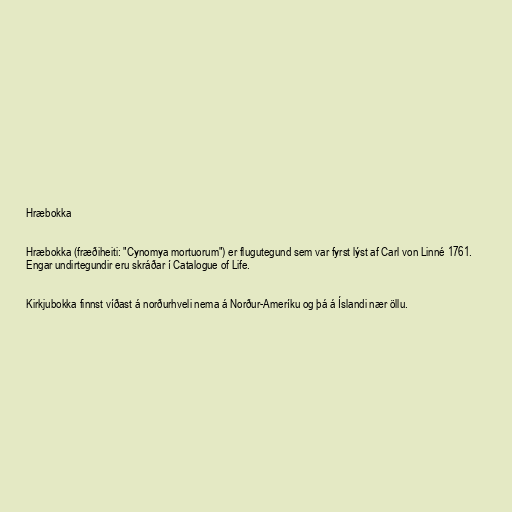
Hræbokka

Hræbokka (fræðiheiti: "Cynomya mortuorum") er flugutegund sem var fyrst lýst af Carl von Linné 1761.
Engar undirtegundir eru skráðar í Catalogue of Life.

Kirkjubokka finnst víðast á norðurhveli nema á Norður-Ameríku og þá á Íslandi nær öllu.